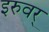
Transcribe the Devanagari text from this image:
इरुवर्